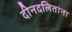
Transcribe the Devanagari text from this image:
दीनदलितांना